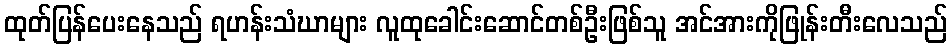
ထုတ်ပြန်ပေးနေသည် ရဟန်းသံဃာများ လူထုခေါင်းဆောင်တစ်ဦးဖြစ်သူ အင်အားကိုဖြုန်းတီးလေသည်